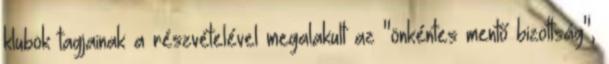
klubok tagjainak a részvételével megalakult az "önkéntes mentő bizottság",